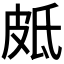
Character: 𭽣